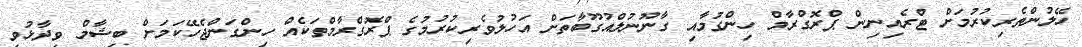
ހޭލުންތެރިކުރުމަށް ޓްރެއިނިން ޕްރޮގްރާމް ހިންގުމާއި ގާނޫނުލްއުގޫބާތަށް އަހުލުވެރިކުރުމުގެ ޕްރޮގްރާމްތަކެއް ހިންގަންޖެހޭކަމަށް ބިޝާމް ވިދާޅުވި